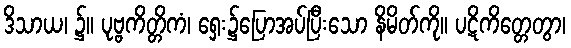
ဒိသာယ၊ ၌။ ပုဗ္ဗကိတ္တိကံ၊ ရှေး၌ပြောအပ်ပြီးသော နိမိတ်ကို။ ပဋိကိတ္တေတွာ၊